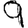
Digit: 9